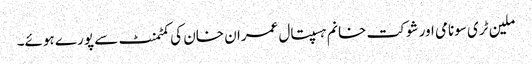
ملین ٹری سونامی اور شوکت خانم ہسپتال عمران خان کی کمٹمنٹ سے پورے ہوئے۔